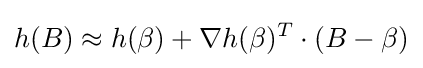
h(B)\approx h(\beta )+\nabla h(\beta )^{T}\cdot (B-\beta )